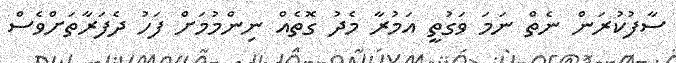
ސާފުކުރަން ނެތް ނަމަ ވަގުތީ އަމުރާ މެދު ގޮތެއް ނިންމުމަށް ފަހު ދެފަރާތަށްވެސް